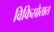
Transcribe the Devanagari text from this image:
विकिस्रोतात